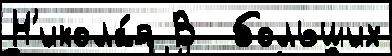
Н'икола́я В  больших